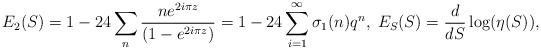
\begin{align*}E_2(S)=1 - 24 \sum_n \frac{n e^{2i \pi z}}{(1 - e^{2i \pi z})}=1-24 \sum_{i=1}^{\infty} \sigma_1(n) q^n,\;E_S(S)=\frac{d }{dS}\log(\eta(S)) ,\end{align*}